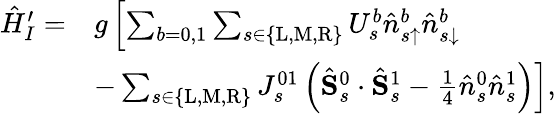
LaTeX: \begin{array}{rl}{\hat{H}_{I}^{\prime}=}&{g\left[\sum_{b=0,1}\sum_{s\in\{ \mathrm{L},\mathrm{M},\mathrm{R}\} }U_{s}^{b}\hat{n}_{s\uparrow}^{b}\hat{n}_{s\downarrow}^{b}\right.}\\ &{-\left.\sum_{s\in\{ \mathrm{L},\mathrm{M},\mathrm{R}\} }J_{s}^{01}\left(\hat{\mathbf{S}}_{s}^{0}\cdot\hat{\mathbf{S}}_{s}^{1}-\frac{1}{4}\hat{n}_{s}^{0}\hat{n}_{s}^{1}\right)\right],}\end{array}